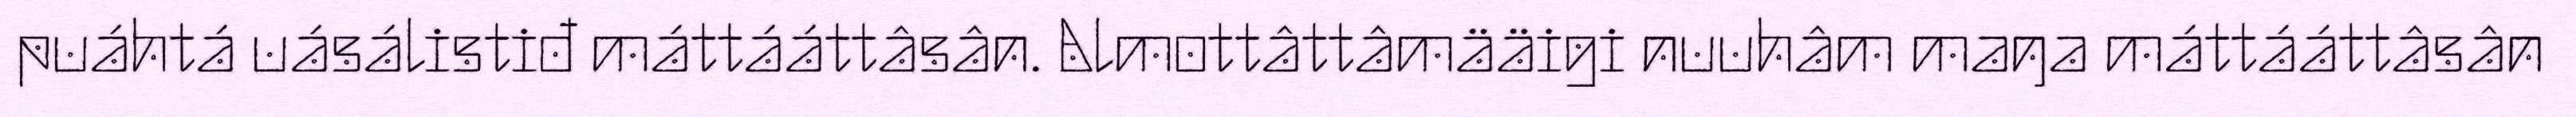
puáhtá uásálistiđ máttááttâsân. Almottâttâmääigi nuuhâm maŋa máttááttâsân